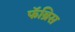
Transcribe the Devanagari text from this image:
फॅब्रिस